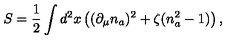
S = \frac { 1 } { 2 } \int d ^ { 2 } x \left( ( \partial _ { \mu } n _ { a } ) ^ { 2 } + \zeta ( n _ { a } ^ { 2 } - 1 ) \right) ,